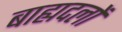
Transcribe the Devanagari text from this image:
बाह्यदलों